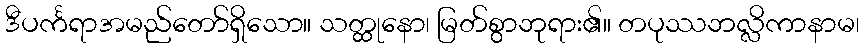
ဒီပင်္ကရာအမည်တော်ရှိသော။ သတ္ထုနော၊ မြတ်စွာဘုရား၏။ တပုဿဘလ္လိကာနာမ၊